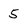
Character: 5